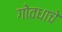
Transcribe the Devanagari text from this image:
गोवधाचे